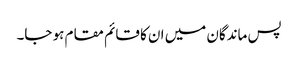
پس ماندگان میں ان کا قائم مقام ہو جا۔